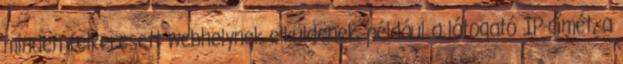
minden felkeresett webhelynek elküldenek, például a látogató IP-címét, a